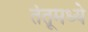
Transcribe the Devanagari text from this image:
तंतूमध्ये